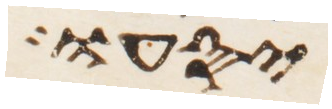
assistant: יסעו